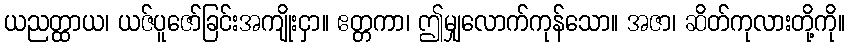
ယညတ္ထာယ၊ ယဇ်ပူဇော်ခြင်းအကျိုးငှာ။ ဧတ္တကာ၊ ဤမျှလောက်ကုန်သော။ အဇာ၊ ဆိတ်ကုလားတို့ကို။